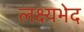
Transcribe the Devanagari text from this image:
लक्ष्यभेद